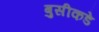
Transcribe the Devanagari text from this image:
बुसीकडे